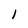
Character: 1